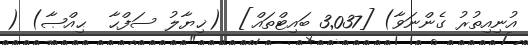
އުނިއިތުރު ގެންނަވާ) [3